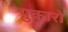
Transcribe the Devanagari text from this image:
पुकारो